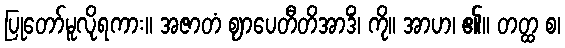
ပြုတော်မူလိုရကား။ အဇာတံ ဈာပေတီတိအာဒိံ၊ ကို။ အာဟ၊ ၏။ တတ္ထ စ၊